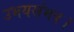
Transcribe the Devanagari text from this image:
उभयसंभव।